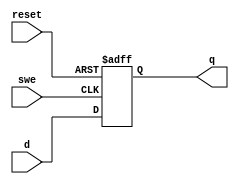
module retorno_reg #(parameter WIDTH = 10)
              (input  wire             swe, reset,
               input  wire [WIDTH-1:0] d, 
               output reg  [WIDTH-1:0] q);
  always @(posedge swe, posedge reset)
    if (reset) q <= 0;
    else       q <= d;
endmodule